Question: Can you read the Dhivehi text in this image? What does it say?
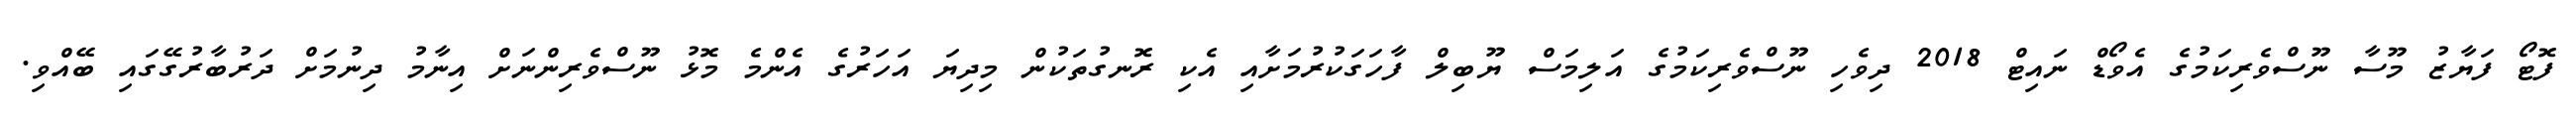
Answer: ފޮޓޯ ފަޔާޒު މޫސާ ނޫސްވެރިކަމުގެ އެވޯޑް ނައިޓް 2018 ދިވެހި ނޫސްވެރިކަމުގެ އަލިމަސް ޔޫބިލް ފާހަގަކުރުމަށާއި އެކި ރޮނގުތަކުން މިދިޔަ އަހަރުގެ އެންމެ މޮޅު ނޫސްވެރިންނަށް އިނާމު ދިނުމަށް ދަރުބާރުގޭގައި ބޭއްވި.